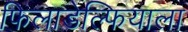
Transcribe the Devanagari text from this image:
फिलाडेल्फियाला